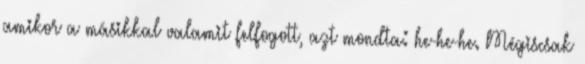
amikor a másikkal valamit felfogott, azt mondta: he-he-he. Mégiscsak